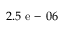
2 . 5 \mathrm { ~ e ~ - ~ } 0 6